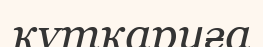
құтқаруға